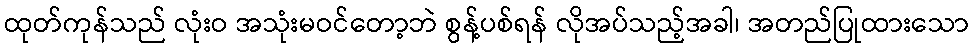
ထုတ်ကုန်သည် လုံးဝ အသုံးမဝင်တော့ဘဲ စွန့်ပစ်ရန် လိုအပ်သည့်အခါ၊ အတည်ပြုထားသော